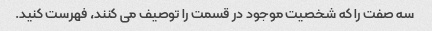
سه صفت را که شخصیت موجود در قسمت را توصیف می کنند، فهرست کنید.